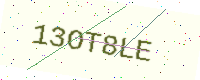
Text: 13OT8LE